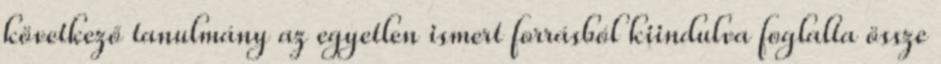
következő tanulmány az egyetlen ismert forrásból kiindulva foglalta össze